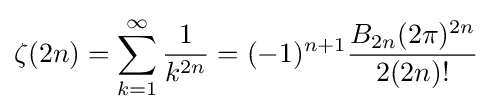
\zeta (2n)=\sum _{k=1}^{\infty }{\frac {1}{k^{2n}}}=(-1)^{n+1}{\frac {B_{2n}(2\pi )^{2n}}{2(2n)!}}